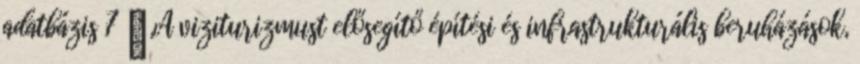
adatbázis 7 ▪„A viziturizmust elősegítő építési és infrastrukturális beruházások,